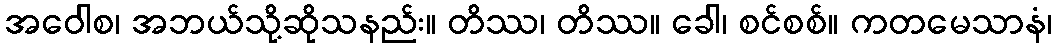
အဝေါစ၊ အဘယ်သို့ဆိုသနည်း။ တိဿ၊ တိဿ။ ခေါ၊ စင်စစ်။ ကတမေသာနံ၊